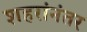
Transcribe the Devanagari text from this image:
शहरांनंतर